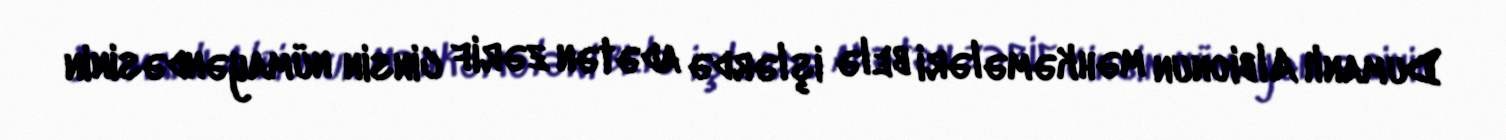
Dumanlı Albionun məhkəmələri belə işlərdə adətən zərif cinsin nümayəndəsinin